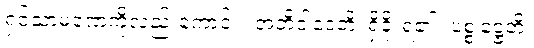
ရှင်သာမဏေကိုလည်းကောင်း။ အဘိဝါဒေတိ၊ ရှိခိုးရ၏။ ပစ္စုဋ္ဌေတိ၊